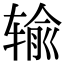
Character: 输